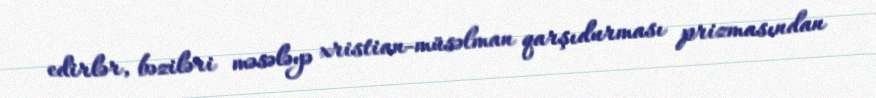
edirlər, bəziləri məsələyə xristian-müsəlman qarşıdurması prizmasından